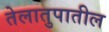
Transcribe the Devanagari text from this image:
तेलातुपातील